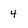
Character: 4